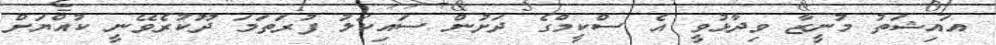
އައިޝަތު މުނީޒާ ވިދާޅުވީ އެ ސްކީމްގެ ދަށުން ސައިކަލު ފުރަތަމަ ދޫކުރެވޭނީ ކުއްޔަށް